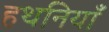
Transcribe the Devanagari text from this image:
हथनियाँ